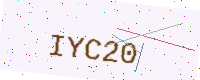
Text: IYC20